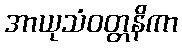
အာယုသံဝတ္တနိကာ